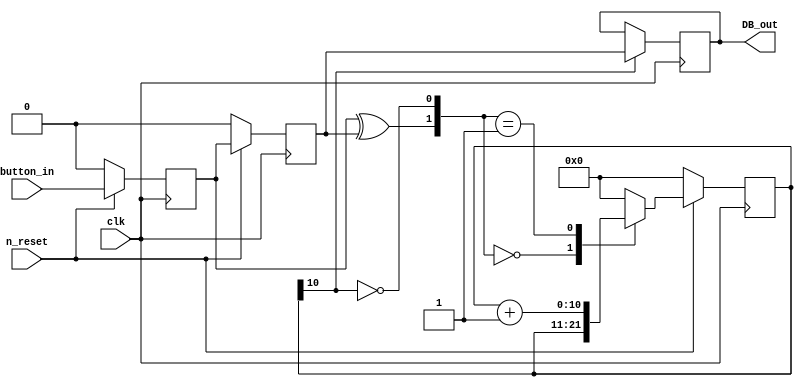
// DeBounce_v.v


//////////////////////// Button Debounceer ///////////////////////////////////////
//***********************************************************************
// FPGA: MachXO2 7000HE
// IDE: Diamond 2.0.1 
//
// HDL IS PROVIDED "AS IS." DIGI-KEY EXPRESSLY DISCLAIMS ANY
// WARRANTY OF ANY KIND, WHETHER EXPRESS OR IMPLIED, INCLUDING BUT NOT
// LIMITED TO, THE IMPLIED WARRANTIES OF MERCHANTABILITY, FITNESS FOR A
// PARTICULAR PURPOSE, OR NON-INFRINGEMENT. IN NO EVENT SHALL DIGI-KEY
// BE LIABLE FOR ANY INCIDENTAL, SPECIAL, INDIRECT OR CONSEQUENTIAL
// DAMAGES, LOST PROFITS OR LOST DATA, HARM TO YOUR EQUIPMENT, COST OF
// PROCUREMENT OF SUBSTITUTE GOODS, TECHNOLOGY OR SERVICES, ANY CLAIMS
// BY THIRD PARTIES (INCLUDING BUT NOT LIMITED TO ANY DEFENSE THEREOF),
// ANY CLAIMS FOR INDEMNITY OR CONTRIBUTION, OR OTHER SIMILAR COSTS.
// DIGI-KEY ALSO DISCLAIMS ANY LIABILITY FOR PATENT OR COPYRIGHT
// INFRINGEMENT.
//
// Version History
// Version 1.0 04/11/2013 Tony Storey
// Initial Public Release
// Small Footprint Button Debouncer

`timescale 1 ns / 100 ps
module  DeBounce_v 
	(
	input 			clk, n_reset, button_in,				// inputs
	output reg 	DB_out													// output
	);
//// ---------------- internal constants --------------
	parameter N = 11 ;		// (2^ (21-1) )/ 38 MHz = 32 ms debounce time
////---------------- internal variables ---------------
	reg  [N-1 : 0]	q_reg;							// timing regs
	reg  [N-1 : 0]	q_next;
	reg DFF1, DFF2;									// input flip-flops
	wire q_add;											// control flags
	wire q_reset;
//// ------------------------------------------------------

////contenious assignment for counter control
	assign q_reset = (DFF1  ^ DFF2);		// xor input flip flops to look for level chage to reset counter
	assign  q_add = ~(q_reg[N-1]);			// add to counter when q_reg msb is equal to 0
	
//// combo counter to manage q_next	
	always @ ( q_reset, q_add, q_reg)
		begin
			case( {q_reset , q_add})
				2'b00 :
						q_next <= q_reg;
				2'b01 :
						q_next <= q_reg + 1;
				default :
						q_next <= { N {1'b0} };
			endcase 	
		end
	
//// Flip flop inputs and q_reg update
	always @ ( posedge clk )
		begin
			if(n_reset ==  1'b0)
				begin
					DFF1 <= 1'b0;
					DFF2 <= 1'b0;
					q_reg <= { N {1'b0} };
				end
			else
				begin
					DFF1 <= button_in;
					DFF2 <= DFF1;
					q_reg <= q_next;
				end
		end
	
//// counter control
	always @ ( posedge clk )
		begin
			if(q_reg[N-1] == 1'b1)
					DB_out <= DFF2;
			else
					DB_out <= DB_out;
		end

	endmodule